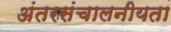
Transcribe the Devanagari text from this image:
अंतरसंचालनीयता